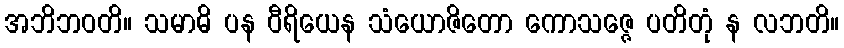
အဘိဘဝတိ။ သမာဓိ ပန ဝီရိယေန သံယောဇိတော ကောသဇ္ဇေ ပတိတုံ န လဘတိ။